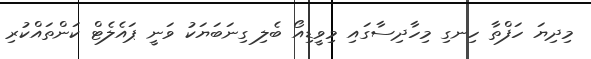
މިދިޔަ ހަފްތާ ހިނގި މިހާދިސާގައި މިވީޑިއޯ ބެލި ގިނަބަޔަކު ވަނީ ޕައެލެޓް ކަންތައްކުރި